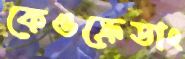
কেওক্রেডাং